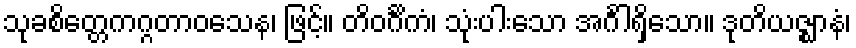
သုခစိတ္တေကဂ္ဂတာဝသေန၊ ဖြင့်။ တိဝင်္ဂိကံ၊ သုံးပါးသော အင်္ဂါရှိသော။ ဒုတိယဇ္ဈာနံ၊